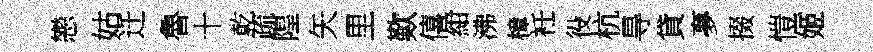
戀姑迁魯十乾疏隍矢里歎僖紺沸樟衽役杭㝵貸夣掇愷姬